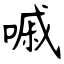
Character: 嘁